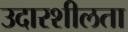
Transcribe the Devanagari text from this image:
उदारशीलता